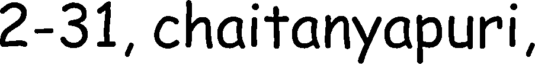
2-31, chaitanyapuri,